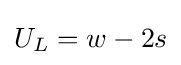
U_{L}=w-2s